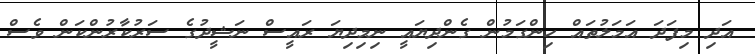
އަދި މިފަދަ އަމަލުތައް ހިންގަމުން ގެންދިޔައީ ނިމިދިޔަ ރައީސް ނަޝީދުގެ ސަރުކާރުންކަން ވެސް